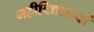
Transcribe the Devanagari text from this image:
महीविद्यालयों